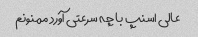
عالی اسنپ با چه سرعتی آورد ممنونم